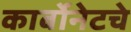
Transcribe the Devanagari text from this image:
कार्बोनेटचे